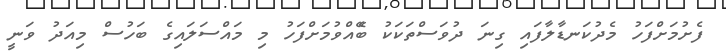
ފެށުމަށްފަހު މެދުކަނޑާލާފައި ގިނަ ދުވަސްތަކަކު ބޭެއްވުމަށްފަހު މި މައްސަލައިގެ ބަހުސް މިއަދު ވަނީ